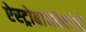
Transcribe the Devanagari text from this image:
ऐस्ट्रोबायॉलॉजी